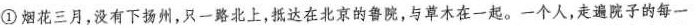
① 烟花三月，没有下扬州，只一路北上，抵达在北京的鲁院，与草木在一起。一个人，走遍院子的每一